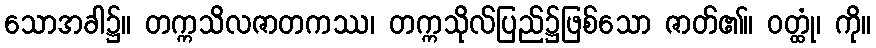
သောအခါ၌။ တက္ကသိလဇာတကဿ၊ တက္ကသိုလ်ပြည်၌ဖြစ်သော ဇာတ်၏။ ဝတ္ထုံ၊ ကို။